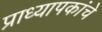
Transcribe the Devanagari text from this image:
प्राध्यापकांचे